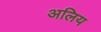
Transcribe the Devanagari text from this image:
अलिय